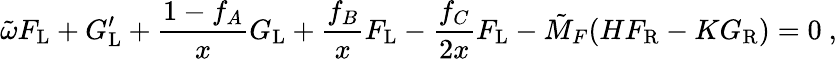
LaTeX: \tilde{\omega}F_{\mathrm{L}}+G_{\mathrm{L}}^{\prime}+\frac{1-f_{A}}{x}G_{\mathrm{L}}+\frac{f_{B}}{x}F_{\mathrm{L}}-\frac{f_{C}}{2x}F_{\mathrm{L}}-\tilde{M}_{F}(HF_{\mathrm{R}}-KG_{\mathrm{R}})=0\ ,